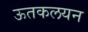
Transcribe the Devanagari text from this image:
ऊतकलयन